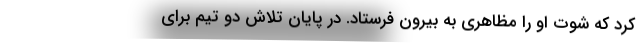
کرد که شوت او را مظاهری به بیرون فرستاد. در پایان تلاش دو تیم برای